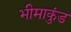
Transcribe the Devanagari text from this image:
भीमाकुंड